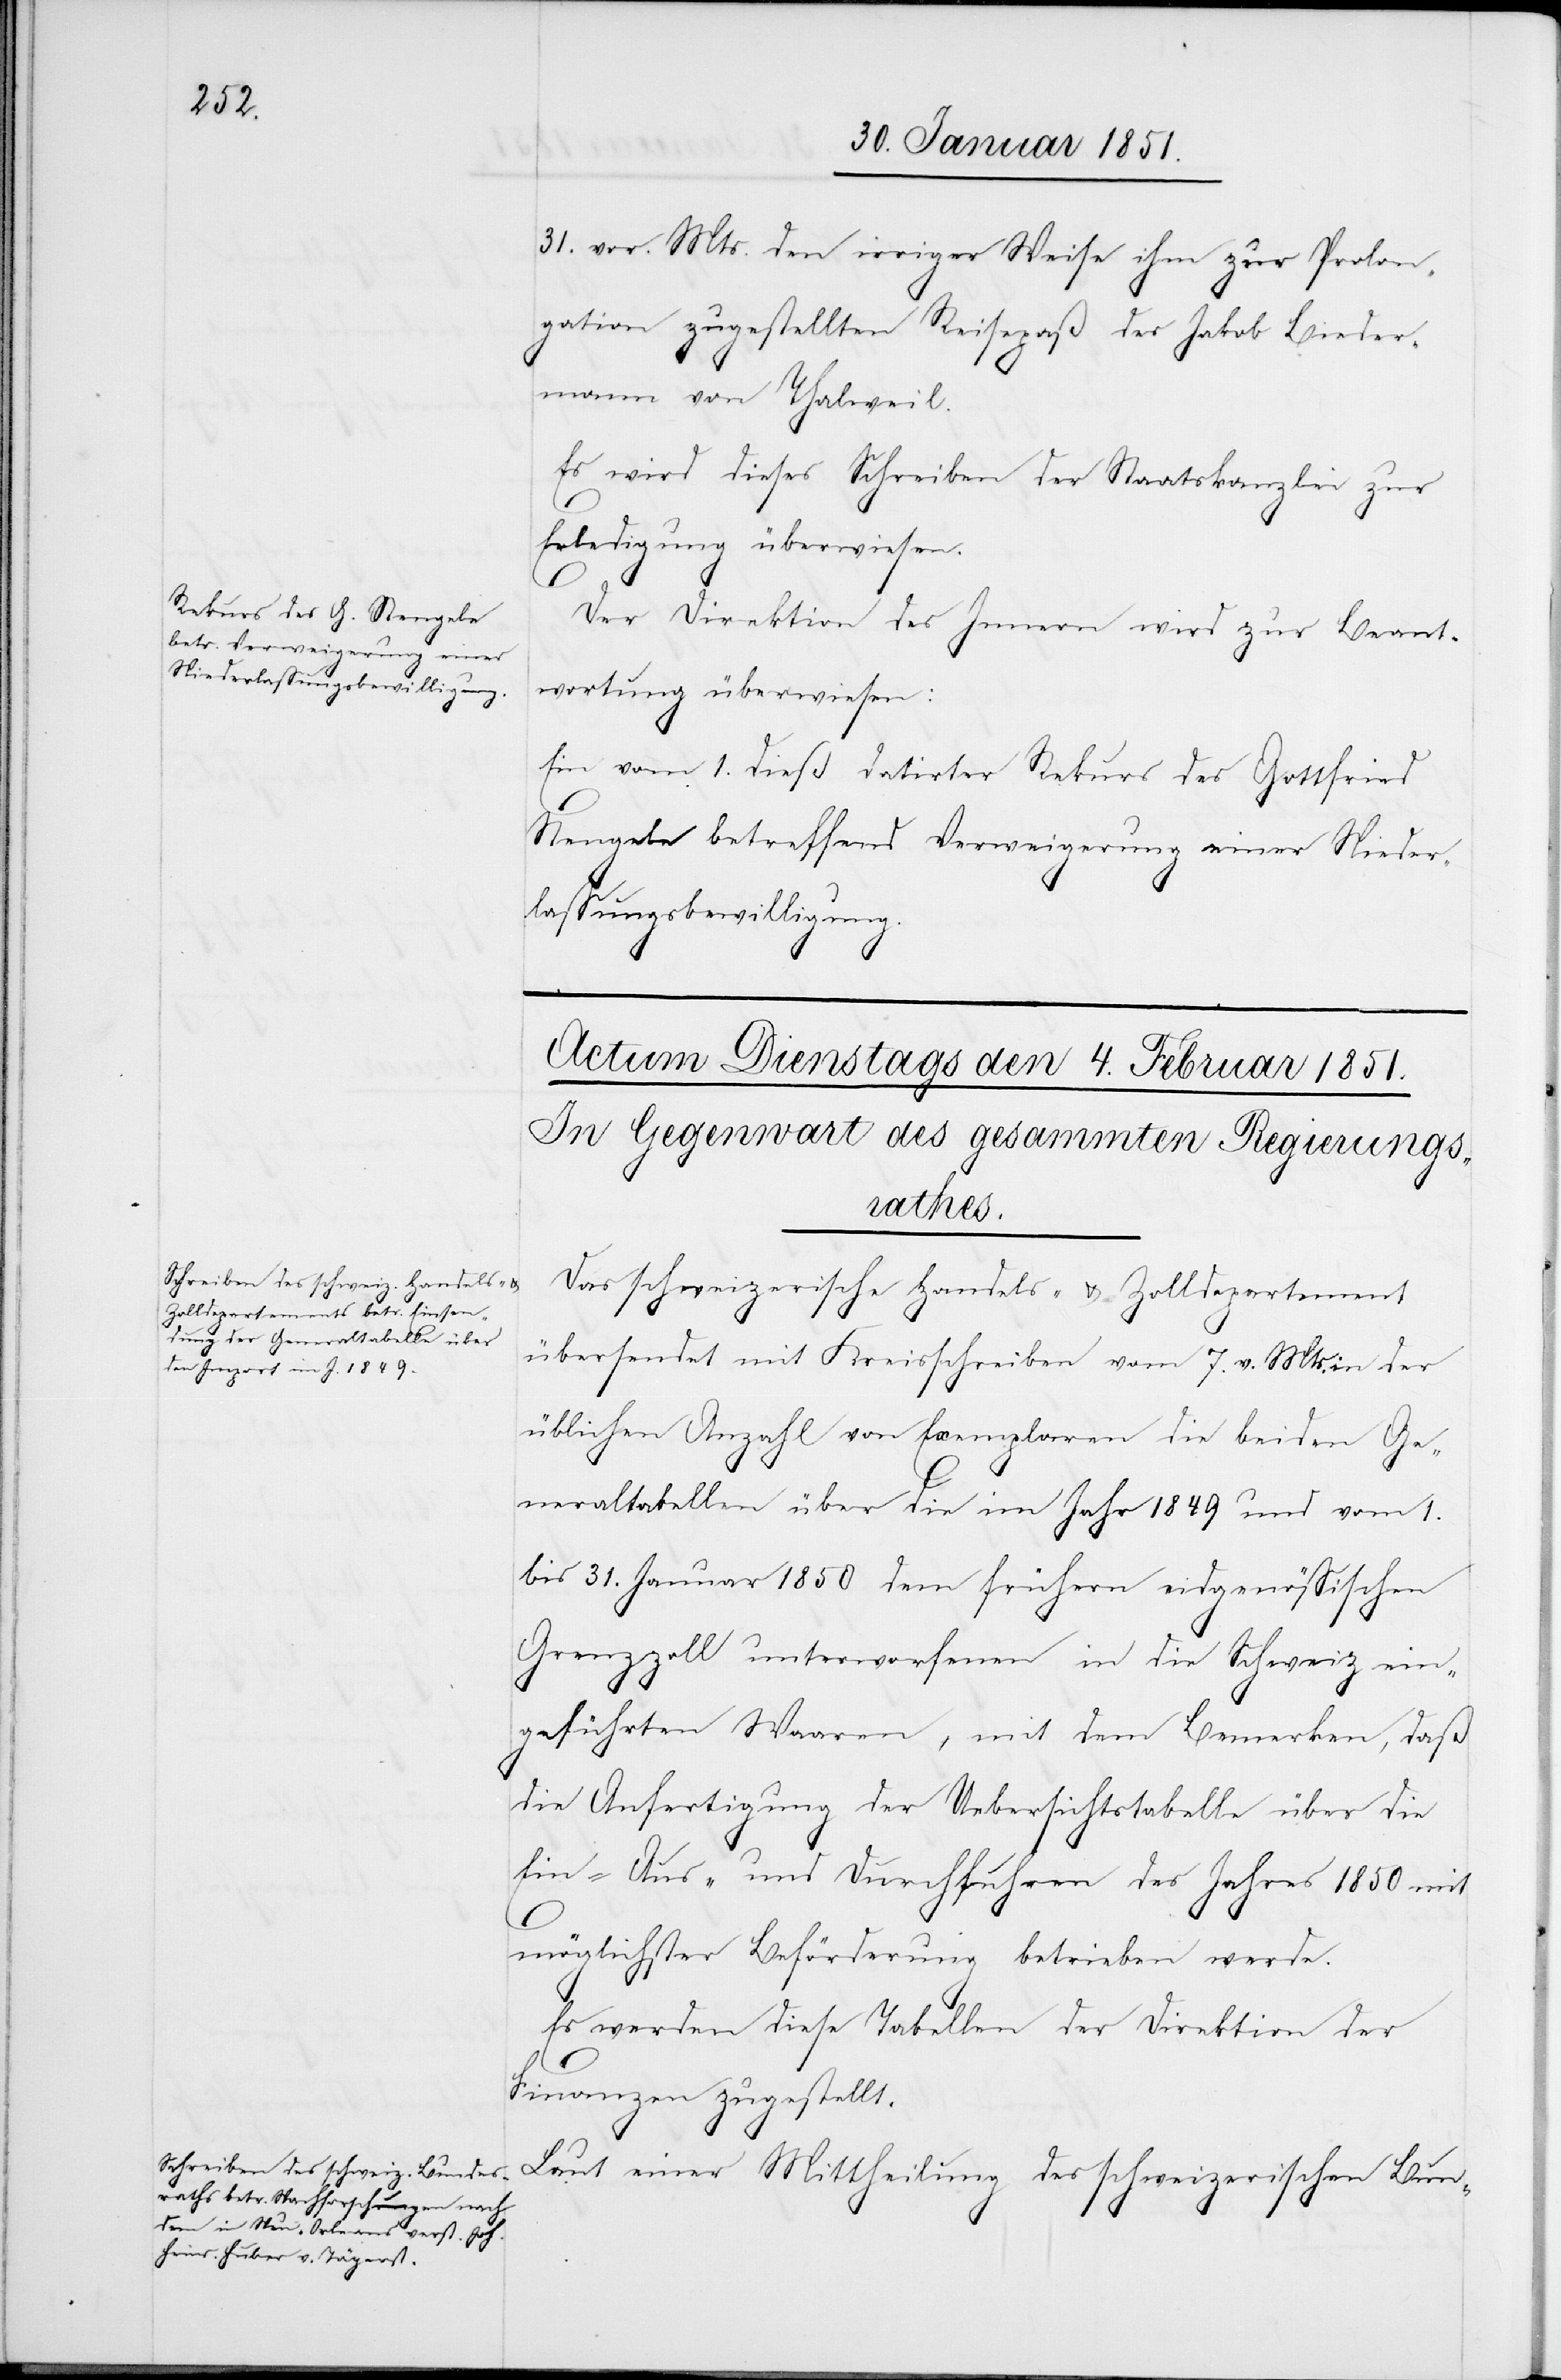
31. vor. Mts. den irriger Weise ihm zur Prolon¬
gation zugestellten Reisepaß des Jakob Bieder¬
mann von Thalweil.
Es wird dieses Schreiben der Staatskanzlei zur
Erledigung überwiesen.
Der Direktion des Innern wird zur Beant¬
wortung überwiesen:
Ein vom 1. dieß datirter Rekurs des Gottfried
Stengele betreffend Verweigerung einer Nieder¬
lassungsbewilligung.
Das schweizerische Handels- & Zolldepartement
übersendet mit Kreisschreiben vom 7. v. Mts. in der
üblichen Anzahl von Exemplaren die beiden Ge¬
neraltabellen über die im Jahr 1849 und vom 1.
bis 31. Januar 1850 dem frühern eidgenössischen
Grenzzoll unterworfenen in die Schweiz ein¬
geführten Waaren, mit dem Bemerken, daß
die Anfertigung der Uebersichtstabelle über die
Ein-[,] Aus- und Durchfuhren des Jahres 1850 mit
möglichster Beförderung betrieben werde.
Es werden diese Tabellen der Direktion der
Finanzen zugestellt.
Laut einer Mittheilung des schweizerischen Bun-